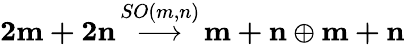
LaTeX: {\mathbf{2m+2n}}\, {\stackrel{SO(m,n)}{\longrightarrow}}\, {\mathbf{m+n}}\oplus{\mathbf{m+n}}